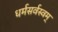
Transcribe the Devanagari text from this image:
धर्मसर्वस्वम्